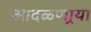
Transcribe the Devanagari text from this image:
आदळणार्‍या